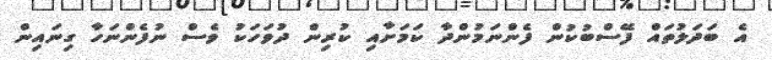
އެ ބަދަލުތައް ފޭސްބުކުން ފެންނަމުންދާ ކަމަށާއި ކުރިން ދުވަހަކު ވެސް ނުފެންނަހާ ގިނައިން